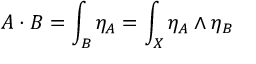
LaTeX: A \cdot B = \int _ { B } \eta _ { A } = \int _ { X } \eta _ { A } \wedge \eta _ { B }